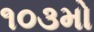
૧૦૩મો